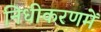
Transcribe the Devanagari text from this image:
निधीकरणमें